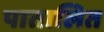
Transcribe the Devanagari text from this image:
पातालित